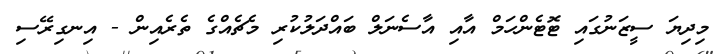
މިދިޔަ ސީޒަނުގައި ޓޮޓެންހަމް އާއި އާސެނަލް ބައްދަލުކުރި މެޗެއްގެ ތެރެއިން - އިނގިރޭސި